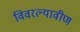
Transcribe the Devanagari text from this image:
विवरल्यावीण